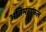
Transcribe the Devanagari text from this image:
अतिमहाफल